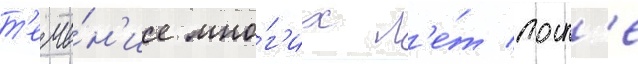
т'ече́н'ие мно́г'их л'е́т посл'е